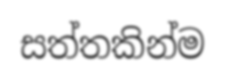
සත්තකින්ම